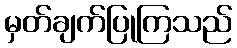
မှတ်ချက်ပြုကြသည်